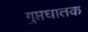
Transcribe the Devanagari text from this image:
गुप्तघातक